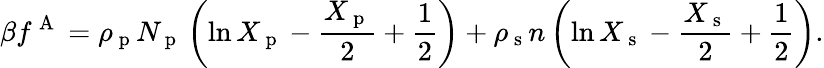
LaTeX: \beta f^{\mathrm{~A~}}=\rho_{\mathrm{~p~}}N_{\mathrm{~p~}}\left(\ln X_{\mathrm{~p~}}-\frac{X_{\mathrm{~p~}}}{2}+\frac{1}{2}\right)+\rho_{\mathrm{~s~}}n\left(\ln X_{\mathrm{~s~}}-\frac{X_{\mathrm{~s~}}}{2}+\frac{1}{2}\right).